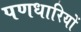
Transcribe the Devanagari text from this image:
पणधारियों